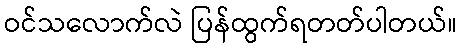
ဝင်သလောက်လဲ ပြန်ထွက်ရတတ်ပါတယ်။